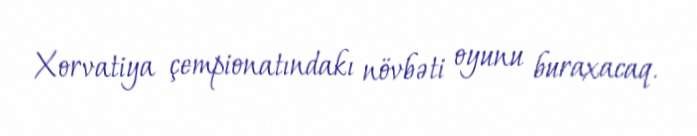
Xorvatiya çempionatındakı növbəti oyunu buraxacaq.